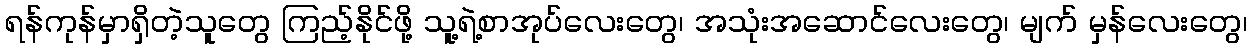
ရန်ကုန်မှာရှိတဲ့သူတွေ ကြည့်နိုင်ဖို့ သူ့ရဲ့စာအုပ်လေးတွေ၊ အသုံးအဆောင်လေးတွေ၊ မျက် မှန်လေးတွေ၊